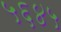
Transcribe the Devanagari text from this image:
५६४५